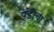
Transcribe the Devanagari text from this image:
पुडीचा